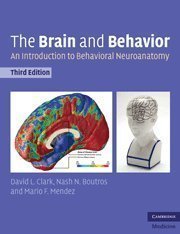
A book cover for The Brain and Behavior: An Introduction to Behavioral Neuroanatomy (Cambridge Medicine) 3rd (third) Edition by Clark, David L., Boutros, Nash N., Mendez, Mario F. published by Cambridge University Press (2010); Medical Books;